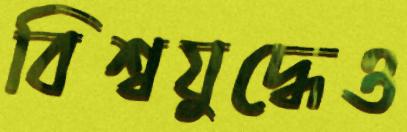
বিশ্বযুদ্ধেও